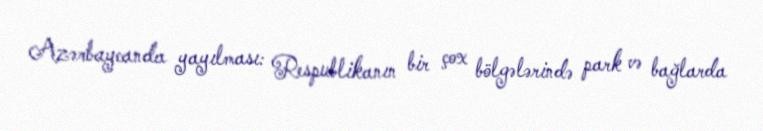
Azərbaycanda yayılması: Respublikanın bir çox bölgələrində park və bağlarda